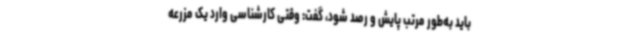
باید به‌طور مرتب پایش و رصد شود، گفت: وقتی کارشناسی وارد یک مزرعه